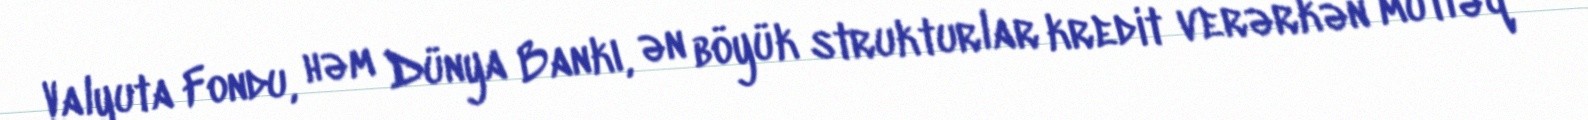
Valyuta Fondu, həm Dünya Bankı, ən böyük strukturlar kredit verərkən mütləq